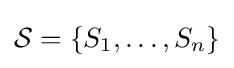
{\mathcal {S}}=\{S_{1},\ldots ,S_{n}\}